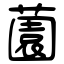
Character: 薗